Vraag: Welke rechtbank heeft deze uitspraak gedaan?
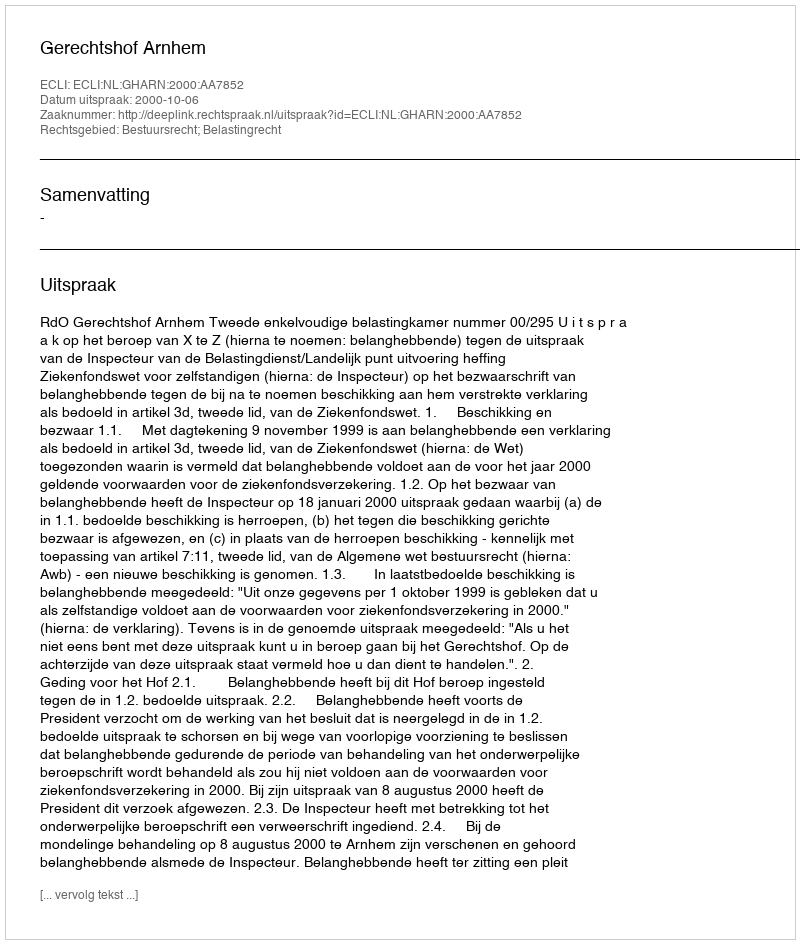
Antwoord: Gerechtshof Arnhem